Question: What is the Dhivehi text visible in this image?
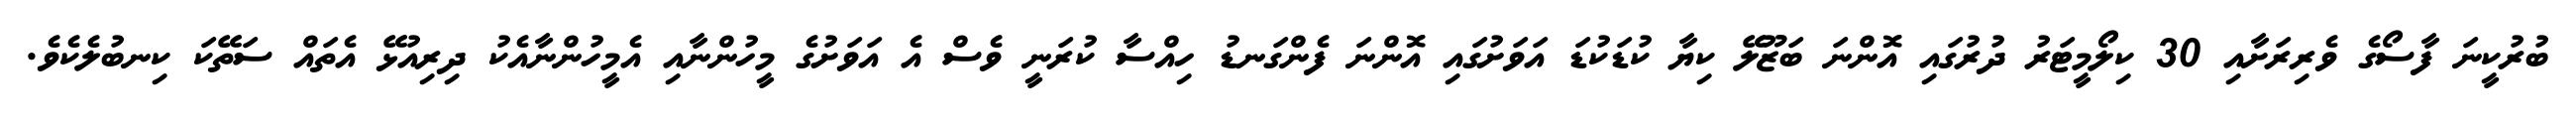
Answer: ބުރުކީނަ ފާސޯގެ ވެރިރަށާއި 30 ކިލޯމީޓަރު ދުރުގައި އޮންނަ ބަޒޫލޭ ކިޔާ ކުޑަކުޑަ އަވަށުގައި އޮންނަ ފެންގަނޑު ހިއްސާ ކުރަނީ ވެސް އެ އަވަށުގެ މީހުންނާއި އެމީހުންނާއެކު ދިރިއުޅޭ އެތައް ސަތޭކަ ކިނބުލެކެވެ.